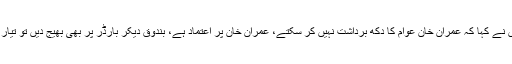
انھوں نے کہا کہ عمران خان عوام کا دکھ برداشت نہیں کر سکتے، عمران خان پر اعتماد ہے، بندوق دیکر بارڈر پر بھی بھیج دیں تو تیار ہوں۔